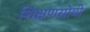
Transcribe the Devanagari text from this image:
शिक्षणसोयी